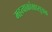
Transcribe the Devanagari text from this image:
महत्वाकांक्षासूचक